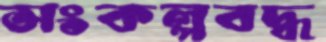
সংকল্পবদ্ধ